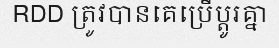
RDD ត្រូវបានគេប្រើប្តូរគ្នា